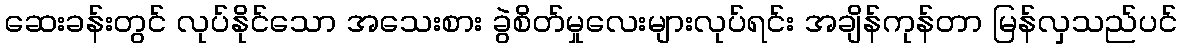
ဆေးခန်းတွင် လုပ်နိုင်သော အသေးစား ခွဲစိတ်မှုလေးများလုပ်ရင်း အချိန်ကုန်တာ မြန်လှသည်ပင်